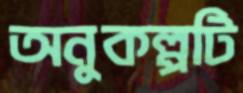
অনুকল্পটি